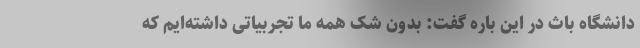
دانشگاه باث در این باره گفت: بدون شک همه ما تجربیاتی داشته‌ایم که